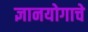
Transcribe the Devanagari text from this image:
ज्ञानयोगाचे